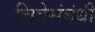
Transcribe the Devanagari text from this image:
चित्रेसंबंधी